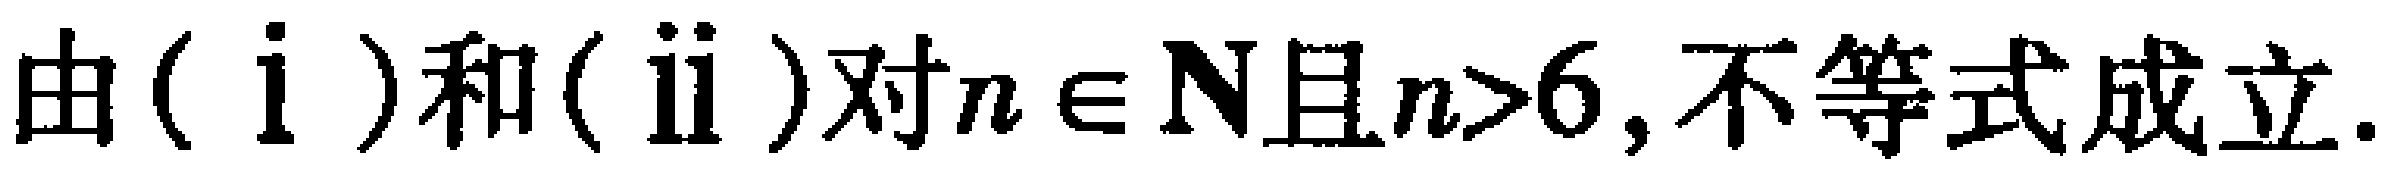
由\((\mathrm{i})\)和\((\mathrm{ii})\)对\(n \in \mathbf{N}\)且\(n>6\), 不等式成立.